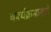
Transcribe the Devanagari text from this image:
कार्यक्रमातले